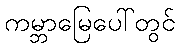
ကမ္ဘာမြေပေါ်တွင်